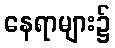
နေရာများ၌